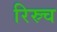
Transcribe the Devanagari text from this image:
रिस्र्च